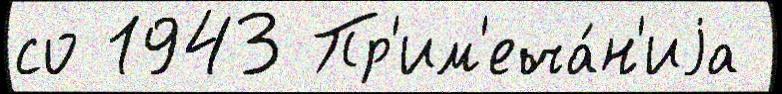
со 1943 Пр'им'еча́н'иjа